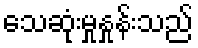
သေဆုံးမှုနှုန်းသည်